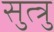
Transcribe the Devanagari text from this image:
सुत्त्रु